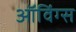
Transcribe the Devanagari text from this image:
ऑविंग्स